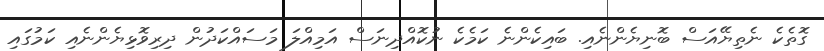
ގޮތެކެ ނެތިޔޭއަސް ބޮނިޔެންނެއި. ބައިކެންނެ ކަމެކެ ނުކޮއްދިނަސް އަމިއްލަ މަސައްކަދުން ދިރިވޮޅިޔެންނެއި ކަމުގައި